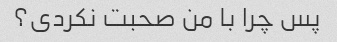
پس چرا با من صحبت نکردی؟